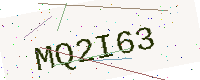
Text: MQ2I63